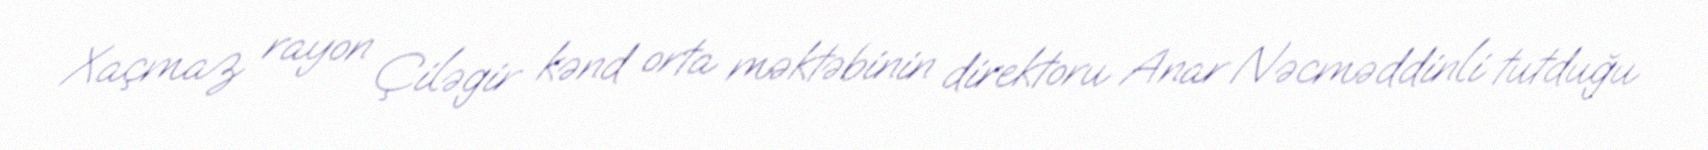
Xaçmaz rayon Çiləgir kənd orta məktəbinin direktoru Anar Nəcməddinli tutduğu